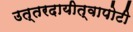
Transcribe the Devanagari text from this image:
उत्तरदायीत्वापोटी